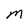
Character: M